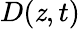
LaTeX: D(\mathit{z},t)